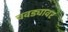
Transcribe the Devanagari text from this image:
चवड्यावर